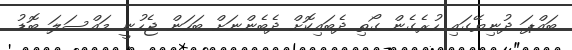
ބައްޕަ ދުނިޔޭގައި ހުރެގެން ގޯތި ދެބައިކޮށް ދެބެންނަށް ބަހަން ޖެހުނީ މައްސަލަ ބޮޑު